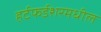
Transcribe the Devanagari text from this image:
हर्टफर्डशरमधील